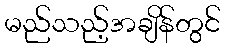
မည်သည့်အချိန်တွင်